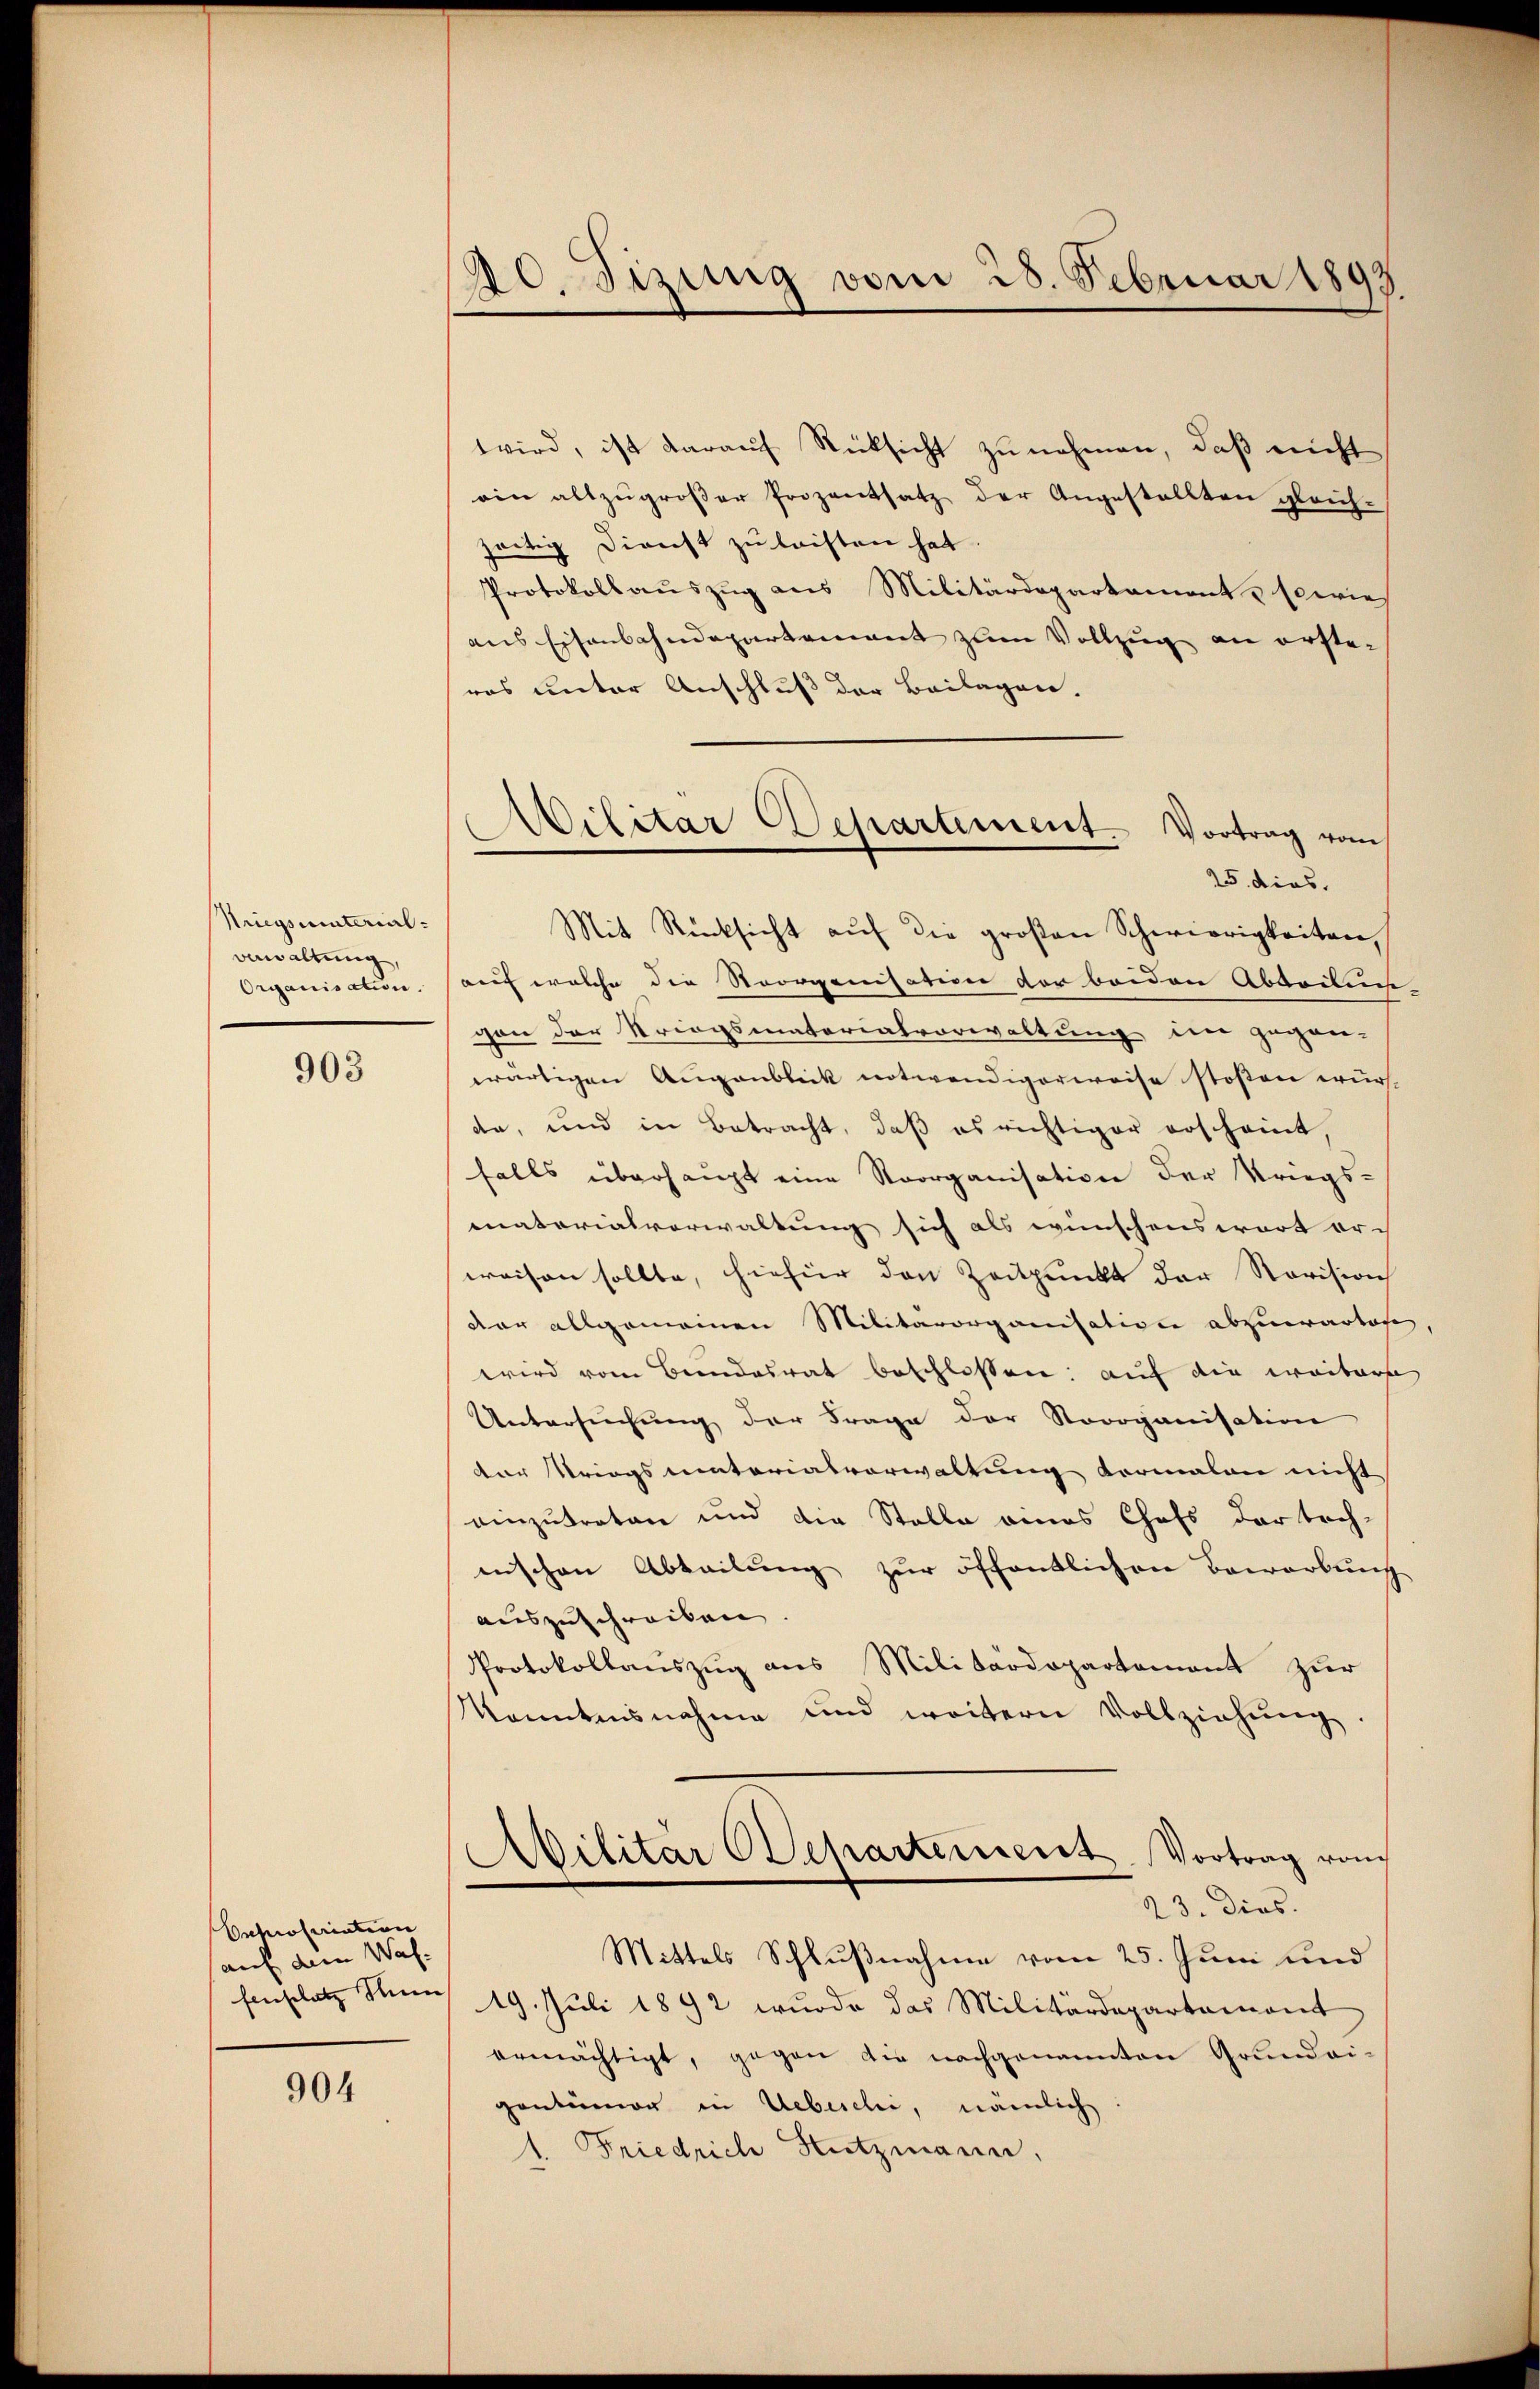
Nriegsunterial-
Bewaltung,
Organisation.

903

Enproteriation
auf dem Wah¬

904

20. Sizung vom 28. Februar 1893

wird, ist darauf Rücksicht zu nehmen, daß nicht
ein allzŭgroβer Prozentsatz der Angestellten gleich-
zeitig Direcht zu leisten hat.
Protokollauszug aus Militärdepartament u sowie
aus Eisenbahndepartement zum Vollzug an erster
ras unter Anschluß der Beilagen.
25. dies.
Mit Rücksicht aŭf die großen Schwierigkeiten,
auf welche die Noorganisation der beiden Abdrungs-
gen der Kriegsmatorialvorwaltung der gegen-
wärtigen Augenblick notwendigerweise stoßen wür
de, und in Betracht, daβ es richtiger erscheint,
falls überhaupt eine Noorganisation der Kriegs-
matorialverwaltung sich als wünschenswart eri
weisen sollte, hiefür den Zeitpunkt der Revision
dar allgemeinen Militärorganisation abzuwartse
wird vom Beendesrat beschlossen: auf die weitere
Untersŭchŭng der Frage der Strorganisation
der Kriegsmatorialverwaltung vormalen nicht
einzutreten und die Stelle eines Chefs der tech-
nischen Abteilung zur öffentlichen Bewerbung
auszuschreiben
Protokollauszug aus Militärdepartement zur
kanntnisnahme und weitern Vollziehŭng
Militär Departement. Vortrag vom
23. dies.
Mittels Schlußnahme vom 25. Juni und
fenplatz um 19. Juli 1892 wurde das Militärdepartament
ermächtigt, gegen die nachgenannten Grundei-
gentümer in Uebeschi, nämlich
Friedrich Hutzmann,

Militar Departement. Vortrag vom